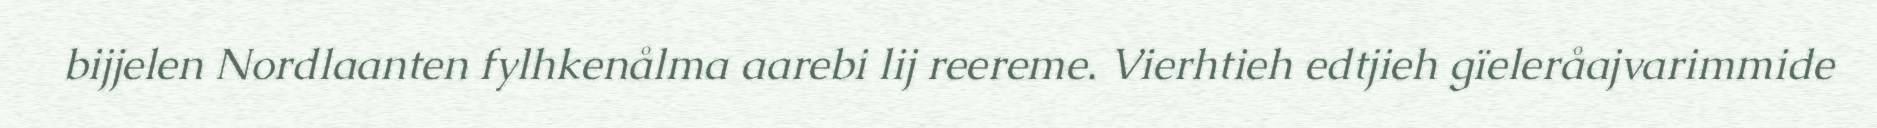
bijjelen Nordlaanten fylhkenålma aarebi lij reereme. Vierhtieh edtjieh gïeleråajvarimmide